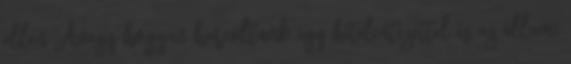
ellen Avagy hogyan harcoltunk egy hitelintézettel és az állami